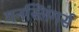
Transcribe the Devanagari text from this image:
गनस्लिंगर्स